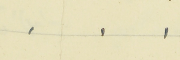
.    .    .